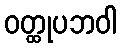
ဝတ္ထုပဘဝါ